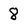
Character: 8